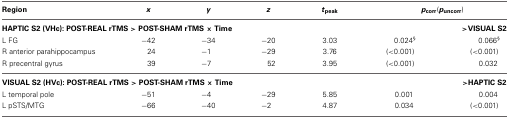
<table><thead><tr><td><b>Region</b></td><td><b><i>x</i></b></td><td><b><i>y</i></b></td><td><b><i>z</i></b></td><td><b><i>t</i><sub>peak</sub></b></td><td colspan="2"><b><i>p</i><sub>corr</sub>(<i>p</i><sub>uncorr</sub>)</b></td></tr></thead><tbody><tr><td colspan="6"><b>HAPTIC S2 (VHc): POST-REAL rTMS &gt; POST-SHAM rTMS × Time</b></td><td><b>&gt;VISUAL S2</b></td></tr><tr><td>L FG</td><td>−42</td><td>−34</td><td>−20</td><td>3.03</td><td>0.024<sup>§</sup></td><td>0.066<sup>§</sup></td></tr><tr><td>R anterior parahippocampus</td><td>24</td><td>−1</td><td>−29</td><td>3.76</td><td>(&lt;0.001)</td><td>(&lt;0.001)</td></tr><tr><td>R precentral gyrus</td><td>39</td><td>−7</td><td>52</td><td>3.95</td><td>(&lt;0.001)</td><td>0.032</td></tr><tr><td colspan="6"><b>VISUAL S2 (HVc): POST-REAL rTMS &gt; POST-SHAM rTMS × Time</b></td><td><b>&gt;HAPTIC S2</b></td></tr><tr><td>L temporal pole</td><td>−51</td><td>−4</td><td>−29</td><td>5.85</td><td>0.001</td><td>0.004</td></tr><tr><td>L pSTS/MTG</td><td>−66</td><td>−40</td><td>−2</td><td>4.87</td><td>0.034</td><td>(&lt;0.001)</td></tr></tbody></table>